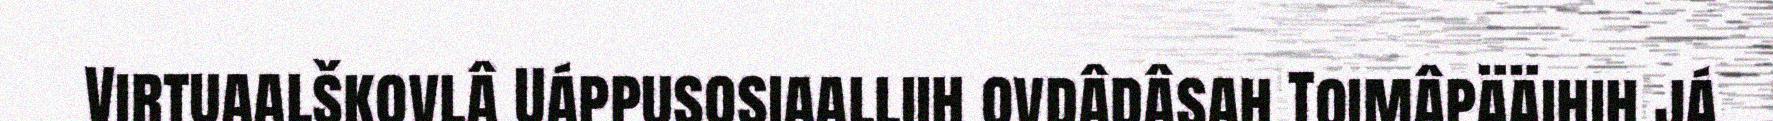
Virtuaalškovlâ Uáppusosiaalliih ovdâdâsah Toimâpääihih já